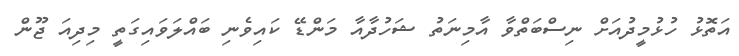
އަތޮޅު ހުޅުމީދުއަށް ނިސްބަތްވާ އާމިނަތު ޝަހުދާއާ މަންޑޭ ކައިވެނި ބައްލަވައިގަތީ މިދިއަ ޖޫން